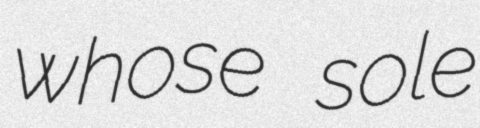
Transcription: whose sole